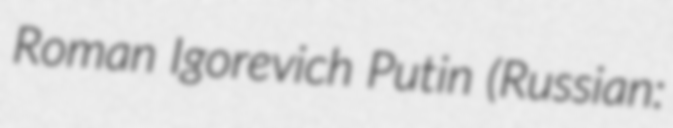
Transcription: Roman Igorevich Putin (Russian: